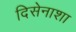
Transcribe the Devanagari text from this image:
दिसेनाशा